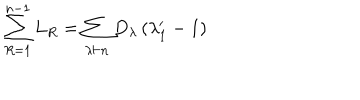
\sum _ { R = 1 } ^ { n - 1 } L _ { R } = \sum _ { \lambda \vdash n } D _ { \lambda } \left( \lambda _ { 1 } ^ { \prime } - 1 \right)